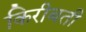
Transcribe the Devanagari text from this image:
किरीबती